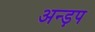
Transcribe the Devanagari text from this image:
अन्ड़प